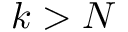
k > N